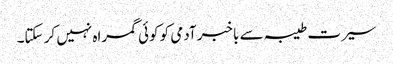
سیرت طیبہ سے باخبر آدمی کو کوئی گمراہ نہیں کر سکتا۔